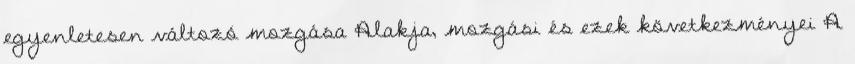
egyenletesen változó mozgása Alakja, mozgási és ezek következményei A